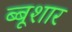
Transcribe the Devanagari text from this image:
ब्बूशार